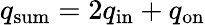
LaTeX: q_{\mathrm{sum}}=2q_{\mathrm{in}}+q_{\mathrm{on}}